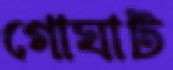
গোঘাট